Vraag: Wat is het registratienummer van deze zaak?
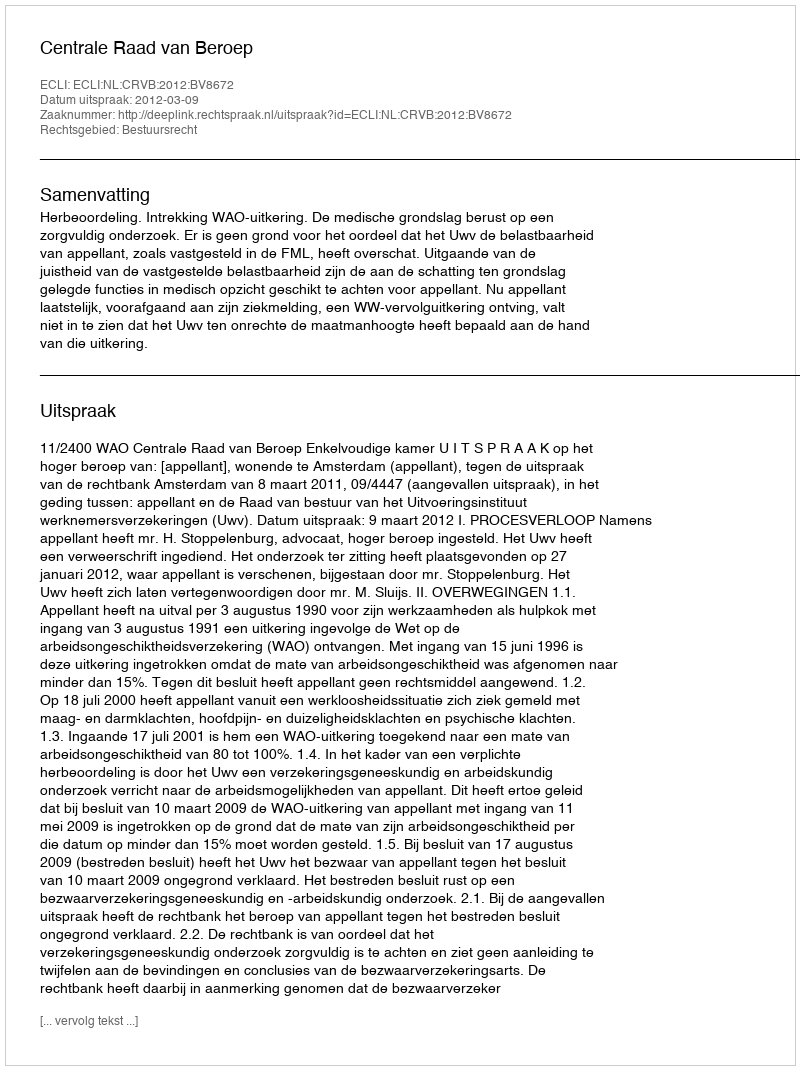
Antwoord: http://deeplink.rechtspraak.nl/uitspraak?id=ECLI:NL:CRVB:2012:BV8672